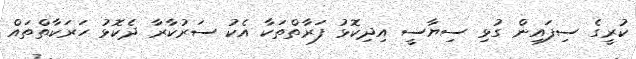
ކުރީގެ ސިފައިން ގުޅި ސިޔާސީ އިދިކޮޅު ފަރާތްތަކާ އެކު ސަރުކާރާ ދެކޮޅު ހަރަކާތްތައް